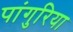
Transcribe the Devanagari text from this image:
पांगुरिया